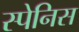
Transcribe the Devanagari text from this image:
स्पेनिस